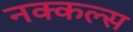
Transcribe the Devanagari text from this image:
नक्कल्स